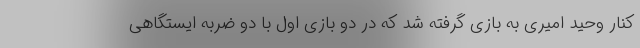
کنار وحید امیری به بازی گرفته شد که در دو بازی اول با دو ضربه ایستگاهی